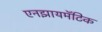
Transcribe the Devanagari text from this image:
एनझायमॅटिक